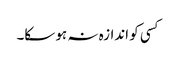
کسی کو اندازہ نہ ہو سکا۔